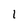
Character: 1